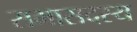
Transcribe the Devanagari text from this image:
सभासदस्य